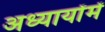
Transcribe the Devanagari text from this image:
अध्यायोंमें